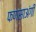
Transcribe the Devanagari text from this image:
फणसाअंगी